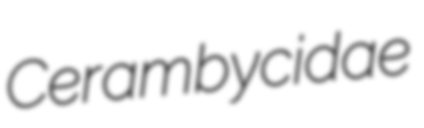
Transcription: Cerambycidae